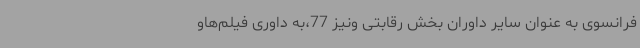
فرانسوی به عنوان سایر داوران بخش رقابتی ونیز 77،به داوری فیلم‌هاو